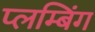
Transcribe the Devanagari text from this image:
प्लम्बिंग